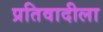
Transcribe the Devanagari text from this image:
प्रतिवादीला